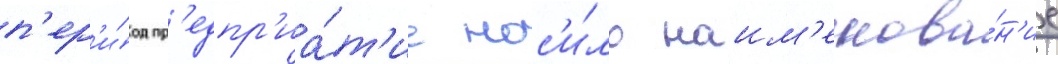
п'ер'и́од пр'едпр'иа́т'ие нос'и́ло наим'енова́н'ие